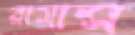
রামান্স